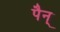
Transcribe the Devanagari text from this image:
पैन्